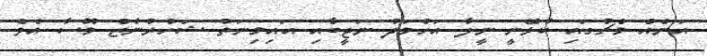
އަނެއް މެޗުގައި ކުޅޭނީ ނީލާ އަހުމަދު ނަޖީބާއި އައިމިނަތު ޝަހުރުނާޒް މޫސާ އެވެ.